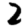
Digit: 2